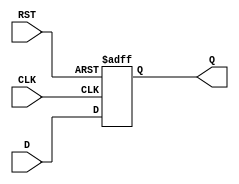
module d_flipflop (
    input D,
    input CLK,
    input RST,
    output reg Q
);

always @(posedge CLK or posedge RST) begin
    if (RST) begin
        Q <= 0; // Reset to predefined state
    end else begin
        Q <= D; // Store D input on rising edge of CLK
    end
end

endmodule